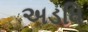
અડધિ